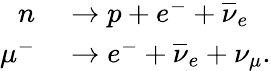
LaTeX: \begin{array}{rl}{n}&{{}\to p+e^{-}+{\overline{{\nu}}}_{e}}\\ {\mu^{-}}&{{}\to e^{-}+{\overline{{\nu}}}_{e}+\nu_{\mu}.}\end{array}